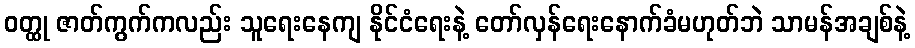
ဝတ္ထု ဇာတ်ကွက်ကလည်း သူရေးနေကျ နိုင်ငံရေးနဲ့ တော်လှန်ရေးနောက်ခံမဟုတ်ဘဲ သာမန်အချစ်နဲ့